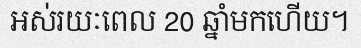
អស់រយៈពេល 20 ឆ្នាំមកហើយ។